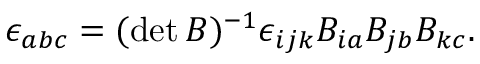
\begin{array} { r } { \epsilon _ { a b c } = ( \operatorname* { d e t } B ) ^ { - 1 } \epsilon _ { i j k } B _ { i a } B _ { j b } B _ { k c } . } \end{array}